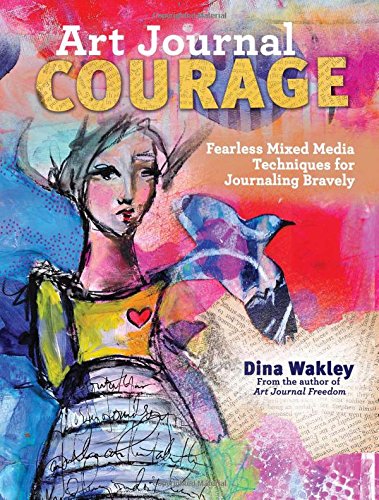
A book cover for Art Journal Courage: Fearless Mixed Media Techniques for Journaling Bravely; Dina Wakley; Crafts, Hobbies & Home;